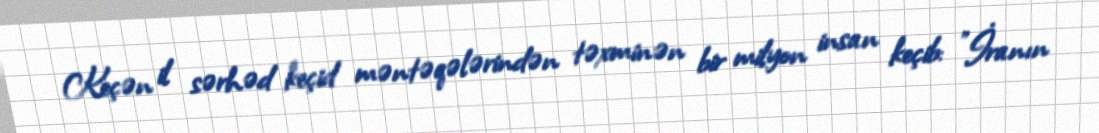
Keçən il sərhəd keçid məntəqələrindən təxminən bir milyon insan keçib: "İranın